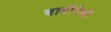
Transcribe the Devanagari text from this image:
बाबींपैकी